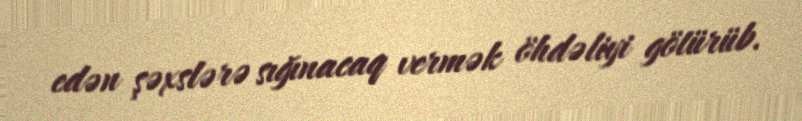
edən şəxslərə sığınacaq vermək öhdəliyi götürüb.